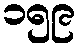
၁၅၉